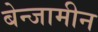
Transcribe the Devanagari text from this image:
बेन्जामीन